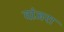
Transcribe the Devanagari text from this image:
वांजरा